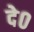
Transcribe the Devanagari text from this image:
दे०